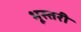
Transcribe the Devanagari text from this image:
भूस्तरी